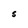
Character: S